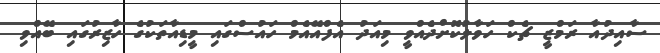
ސާއިދުއާ ރަމްޒީ ޗެކް ހަވާލުކޮށްދެއްވީ މިއަދު އެފްއޭއެމް ހައުސްގައި މީޑިއާތަކުގެ ހާޒިރުގައި ބޭއްވި